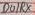
Text: D0/RX